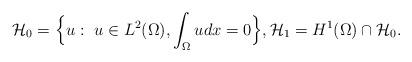
LaTeX: \begin{align*} {\mathcal H}_0=\Big \{u: ~u \in L^2 (\Omega), \int_{\Omega}udx=0 \Big\}, {\mathcal H}_1 = H^1 (\Omega)\cap{\mathcal H}_0. \end{align*}